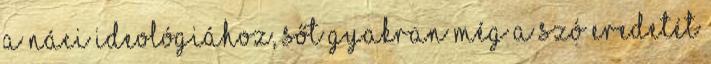
a náci ideológiához, sőt gyakran még a szó eredetét